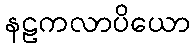
နဠကလာပိယော